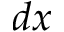
d x